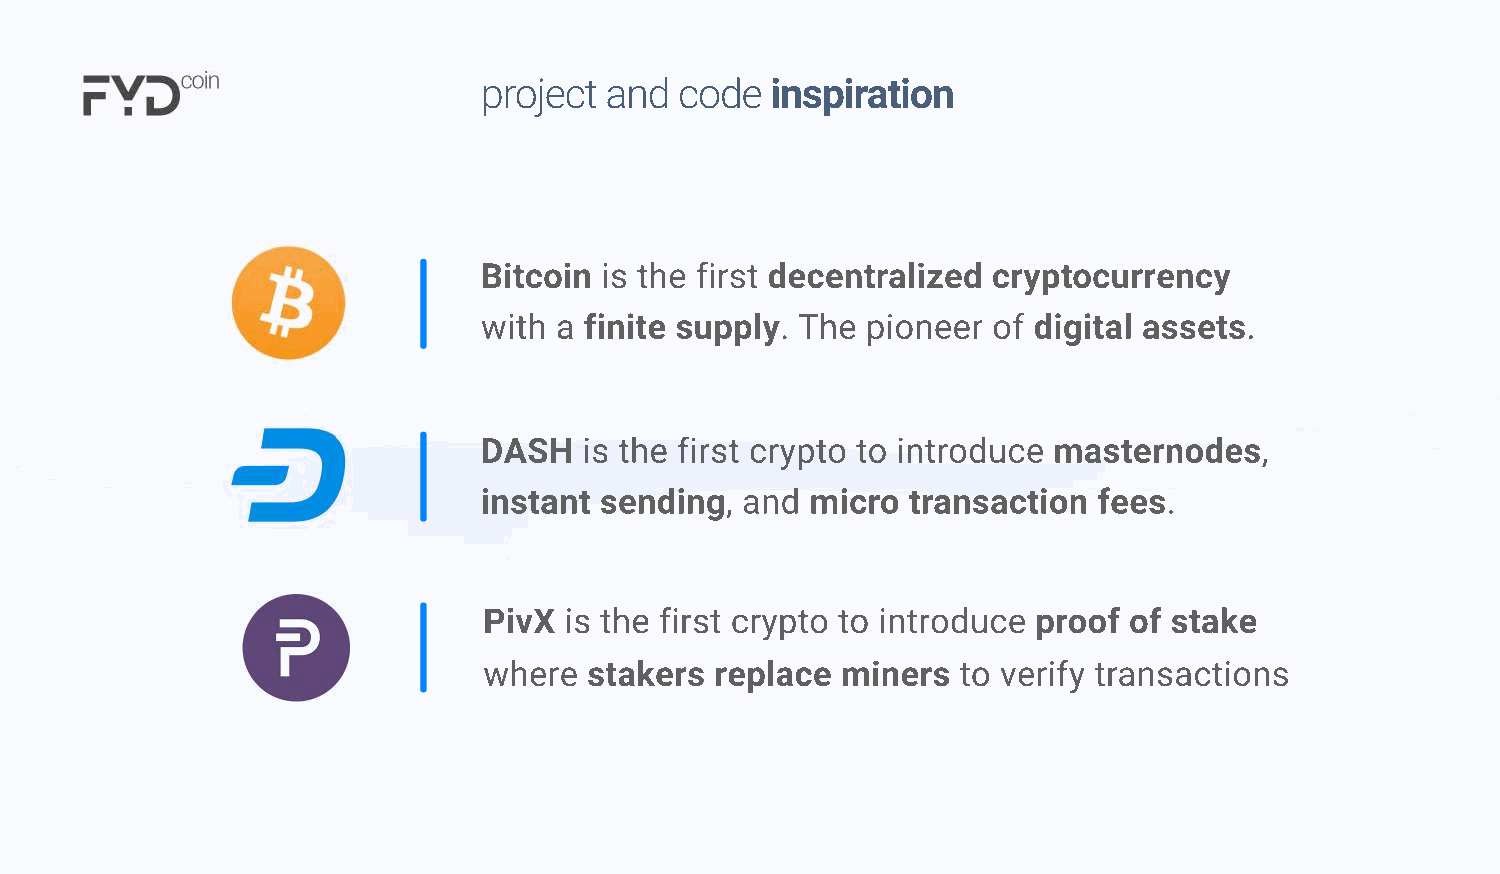
project and  code  inspiration
 Bitcoin is the first decentralized cryptocurrency
 with a finite supply. The pioneer of digital assets.
 DASH   is the first crypto to introduce masternodes,
 instant sending, and  micro transaction  fees.
 PivX is the first crypto to introduce proof of stake
 where  stakers replace  miners to verify transactions